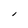
Character: I